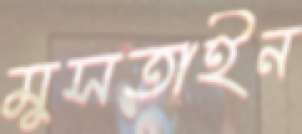
মুসতাইন